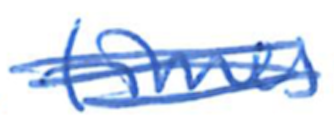
Text: times
Cross-out: scratch
Writing tool: ballpoint